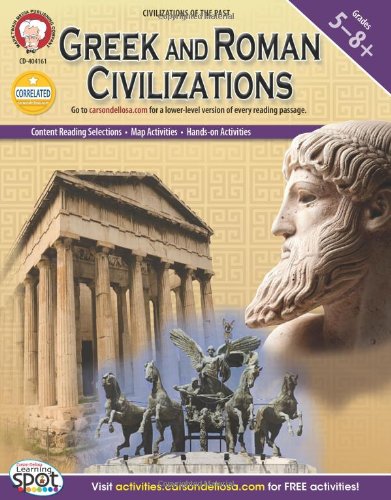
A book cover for Greek and Roman Civilizations, Grades 5 - 8 (World History); Heidi M.C. Dierckx; Children's Books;